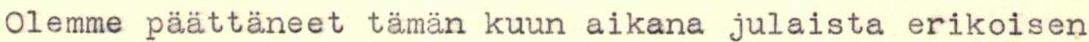
Olemme päättäneet tämän kuun aikana julaista erikoisen